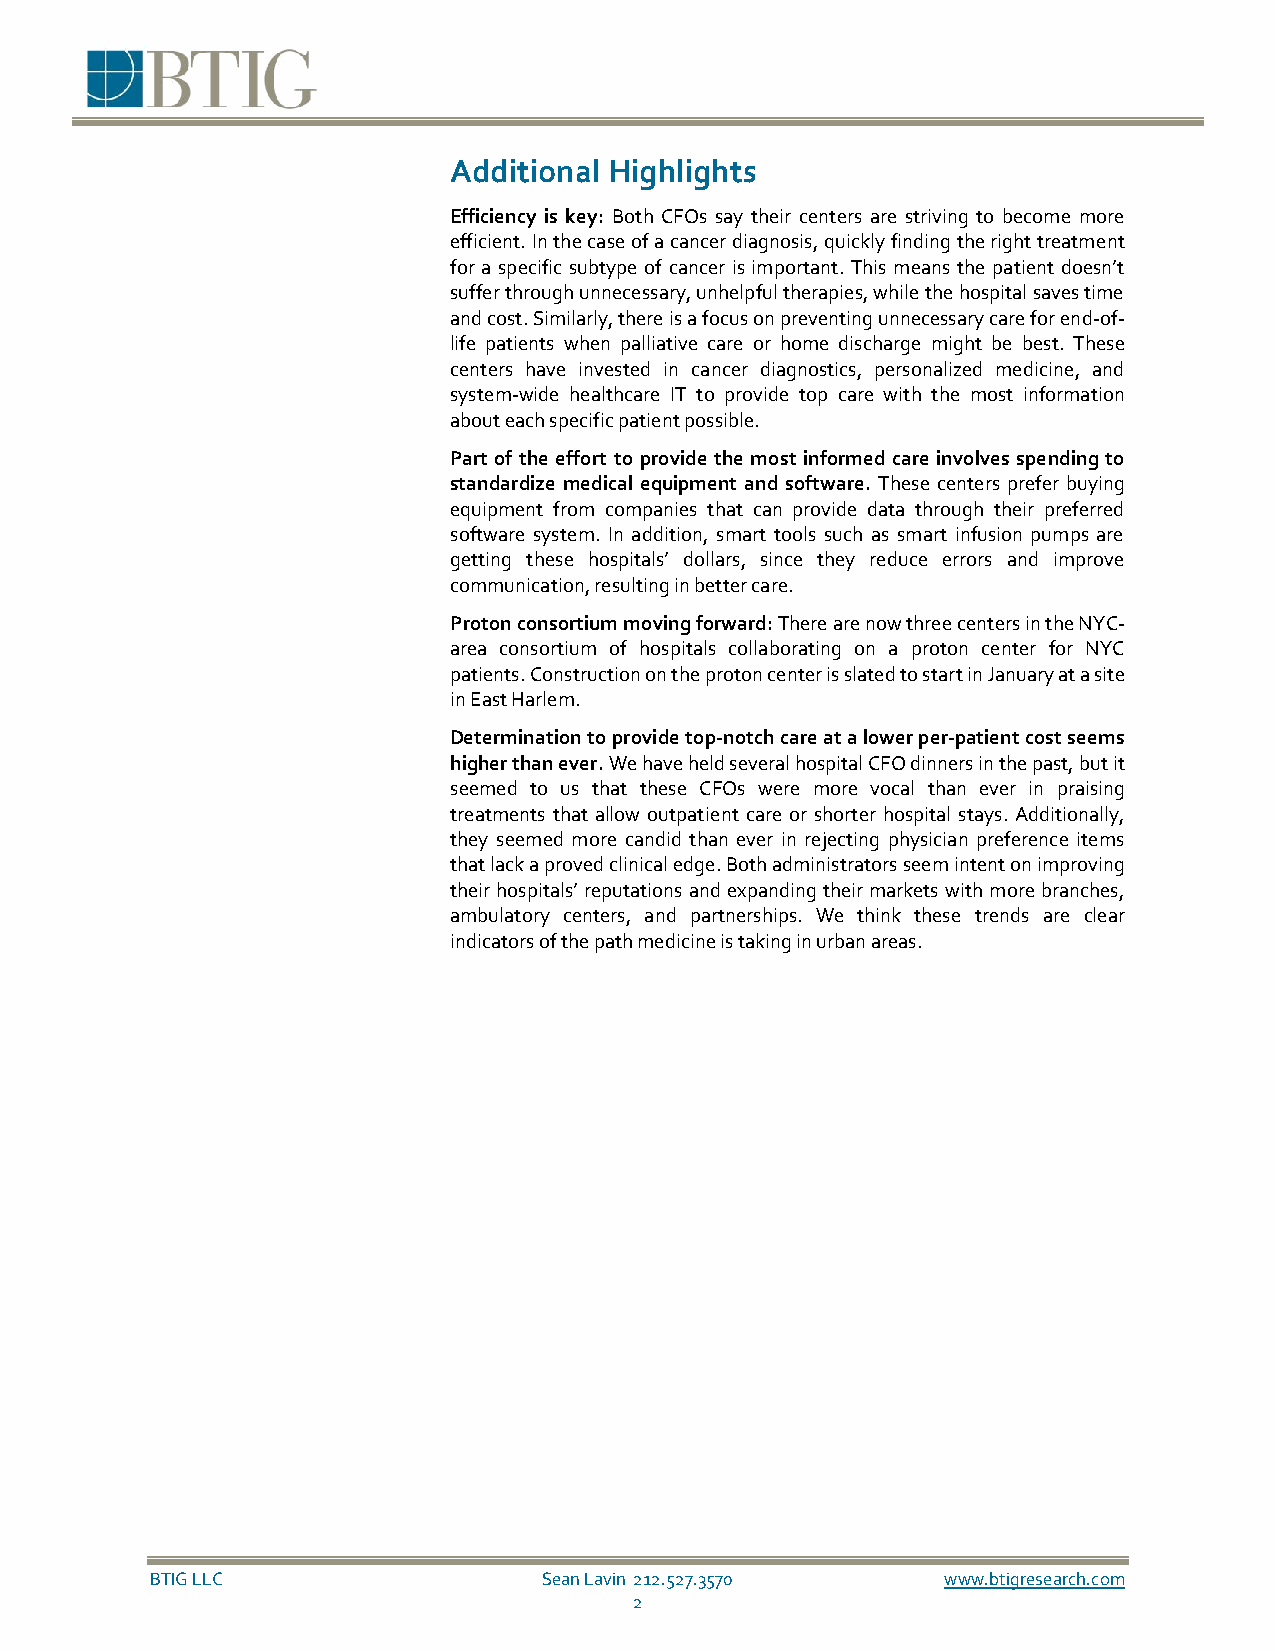
Additional Highlights
 Efficiency is key: Both CFOs say their centers are striving to become more
 efficient. In the case of a cancer diagnosis, quickly finding the right treatment
 for a specific subtype of cancer is important. This means the patient doesn’t
 suffer through unnecessary, unhelpful therapies, while the hospital saves time
 and cost. Similarly, there is a focus on preventing unnecessary care for end-of-
 life patients when palliative care or home discharge might be best. These
 centers have invested in cancer diagnostics, personalized medicine, and
 system-wide healthcare IT to provide top care with the most information
 about each specific patient possible.
 Part of the effort to provide the most informed care involves spending to
 standardize medical equipment and software. These centers prefer buying
 equipment from companies that can provide data through their preferred
 software system. In addition, smart tools such as smart infusion pumps are
 getting these hospitals’ dollars, since they reduce errors and improve
 communication, resulting in better care.
 Proton consortium moving forward: There are now three centers in the NYC-
 area consortium of hospitals collaborating on a proton center for NYC
 patients. Construction on the proton center is slated to start in January at a site
 in East Harlem.
 Determination to provide top-notch care at a lower per-patient cost seems
 higher than ever. We have held several hospital CFO dinners in the past, but it
 seemed to us that these CFOs were more vocal than ever in praising
 treatments that allow outpatient care or shorter hospital stays. Additionally,
 they seemed more candid than ever in rejecting physician preference items
 that lack a proved clinical edge. Both administrators seem intent on improving
 their hospitals’ reputations and expanding their markets with more branches,
 ambulatory centers, and partnerships. We think these trends are clear
 indicators of the path medicine is taking in urban areas.
 BTIG LLC                  Sean Lavin 212.527.3570    www.btigresearch.com
 2